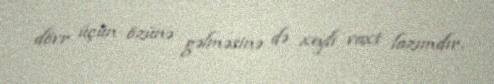
dövr üçün özünə gəlməsinə də xeyli vaxt lazımdır.